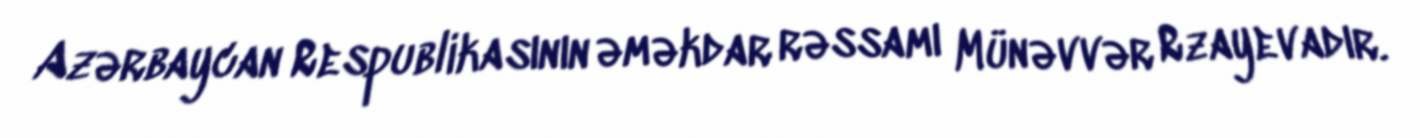
Azərbaycan Respublikasının əməkdar rəssamı Münəvvər Rzayevadır.